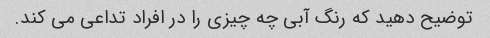
توضیح دهید که رنگ آبی چه چیزی را در افراد تداعی می کند.